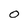
Character: O